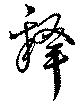
釈